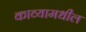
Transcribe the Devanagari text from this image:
काव्यामधील